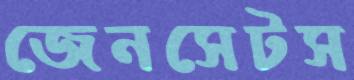
জেনসেটস